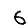
Digit: 6